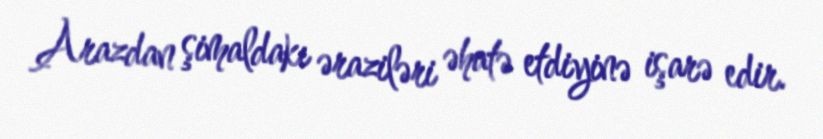
Arazdan şimaldakı əraziləri əhatə etdiyinə işarə edir.